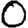
Digit: 0